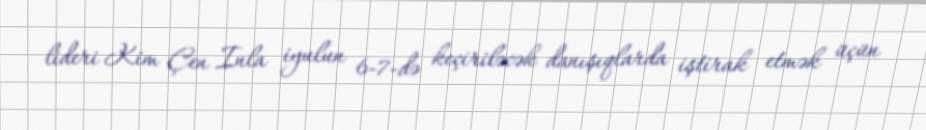
lideri Kim Çen Inla iyulun 6-7-də keçiriləcək danışıqlarda iştirak etmək üçün